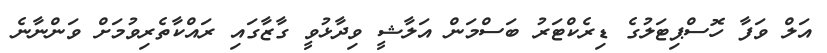
އަލް ވަފާ ހޮސްޕިޓަލުގެ ޑިރެކްޓަރު ބަސްމަން އަލާޝީ ވިދާޅުވީ ގާޒާގައި ރައްކާތެރިވުމަށް ވަންނާނެ